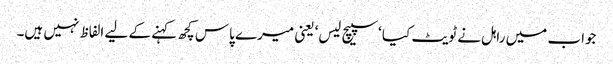
جواب میں راہل نے ٹویٹ کیا ‘سپیچ لیس‘ یعنی میرے پاس کچھ کہنے کے لیے الفاظ نہیں ہیں۔